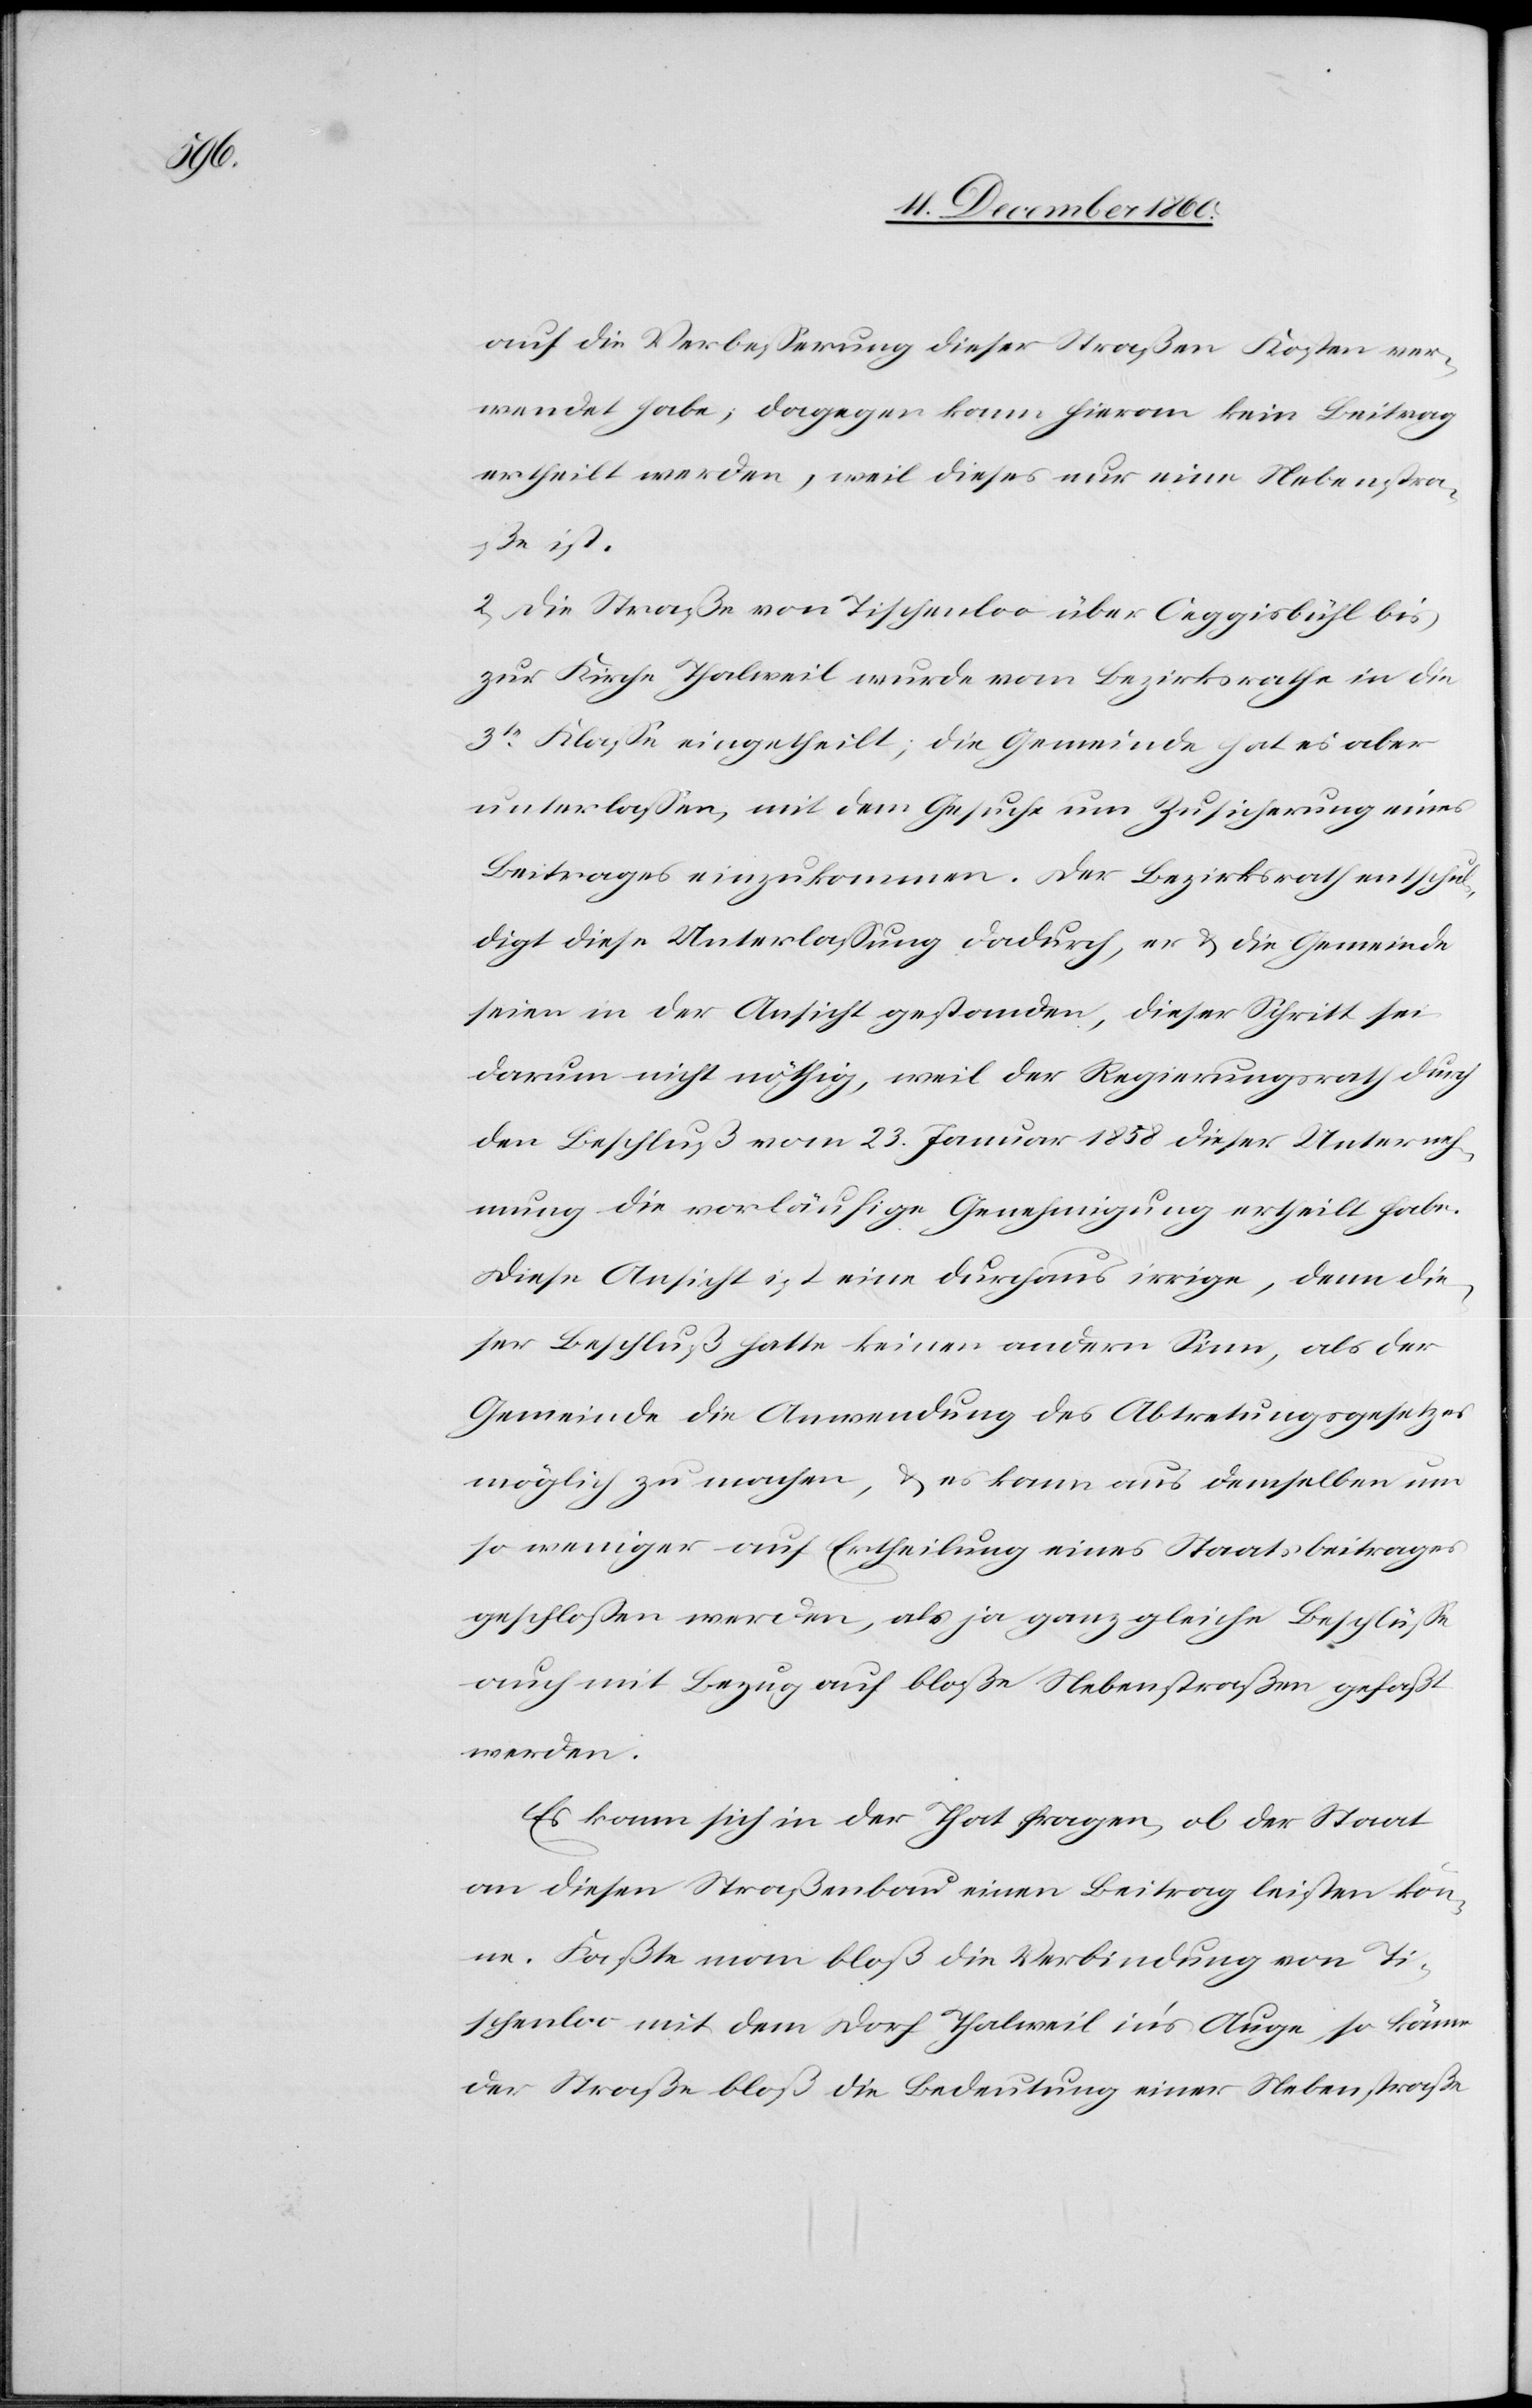
auf die Verbesserung dieser Straßen Kosten ver¬
wendet habe; dagegen kann hieran kein Beitrag
ertheilt werden, weil dieses nur eine Nebenstra¬
ße ist.
2. Die Straße von Tischenloo über Aeggisbühl bis
zur Kirche Thalweil wurde vom Bezirksrathe in die
3te Klasse eingetheilt; die Gemeinde hat es aber
unterlassen, mit dem Gesuche um Zusicherung eines
Beitrages einzukommen. Der Bezirksrath entschul¬
digt diese Unterlassung dadurch, er u. die Gemeinde
seien in der Ansicht gestanden, dieser Schritt sei
darum nicht nöthig, weil der Regierungsrath durch
den Beschluß vom 23. Januar 1858 dieser Unterneh¬
mung die vorläufige Genehmigung ertheilt habe.
Diese Ansicht ist eine durchaus irrige, denn die¬
ser Beschluß hatte keinen andern Sinn, als der
Gemeinde die Anwendung des Abtretungsgesetzes
möglich zu machen, u. es kann aus demselben um
so weniger auf Ertheilung eines Staatsbeitrags
geschlossen werden, als ja ganz gleiche Beschlüsse
auch mit Bezug auf bloße Nebenstraßen gefaßt
werden.
Es kann sich in der That fragen, ob der Staat
an diesen Straßenbau einen Beitrag leisten kön¬
ne. Faßte man bloß die Verbindung von Ti¬
schenloo mit dem Dorf Thalweil in’s Auge, so könne
der Straße bloß die Bedeutung einer Nebenstraße